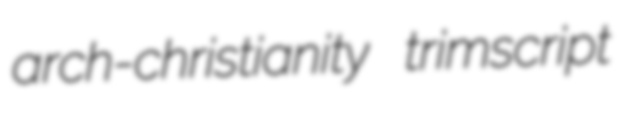
arch-christianity trimscript